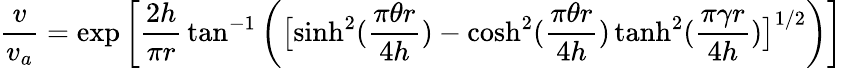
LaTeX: {\frac{v}{v_{a}}}=\exp{\bigg[}{\frac{2h}{\pi r}}\tan^{-1}{\bigg(}{\big[}{\sinh^{2}({\frac{\pi\theta r}{4h}})-\cosh^{2}({\frac{\pi\theta r}{4h}})\operatorname{tanh}^{2}({\frac{\pi\gamma r}{4h}})}{\big]}^{1/2}{\bigg)}{\bigg]}